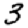
Digit: 3